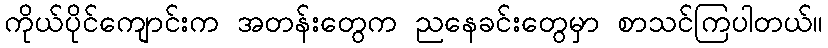
ကိုယ်ပိုင်ကျောင်းက အတန်းတွေက ညနေခင်းတွေမှာ စာသင်ကြပါတယ်။